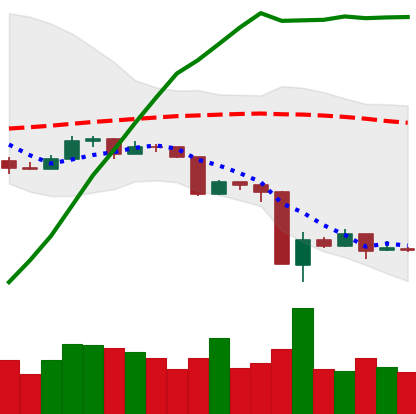
Ticker: ETC-USD
Chart end date: 2020-03-18
Forward return: 10.673%
Label: up_7plus